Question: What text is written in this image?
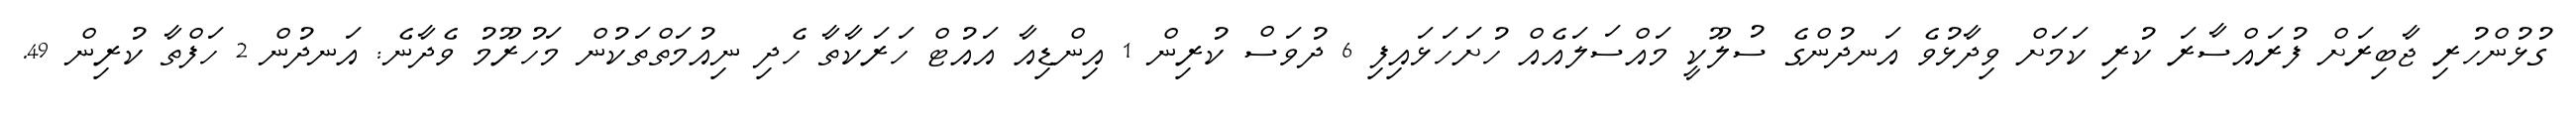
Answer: ގުޅުންހުރި ޖާބިރަށް ފުރައްސާރަ ކުރި ކަމަށް ވިދާޅުވެ އަނދުންގެ ސުލޫކީ މައްސަލައެއް ހުށަހަޅައިފި 6 ދުވަސް ކުރިން 1 އިންޑިއާ އައުޓް ހަރަކާތާ ހެދި ނިއުމަތްތަކުން މަހުރޫމު ވެދާނެ: އަނދުން 2 ހަފްތާ ކުރިން 49.